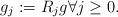
LaTeX: \begin{align*} g_j := R_j g \forall j \geq 0. \end{align*}